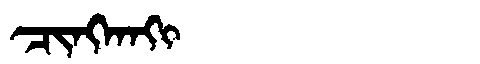
Manchu: ᠴᡳᠩᡴᠠᡴᡳ
Romanization: CINGKAKI